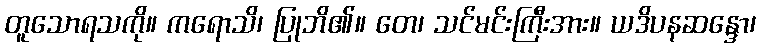
တူသောရသကို။ ကရောသိ၊ ပြုဘိ၏။ တေ၊ သင်မင်းကြီးအား။ ယဒိပနဆန္ဒော၊